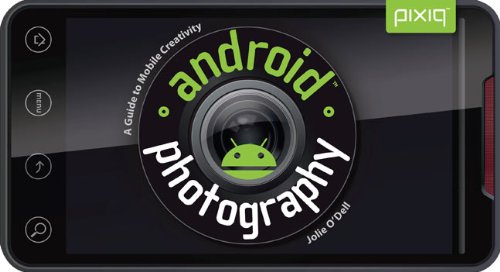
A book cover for Android Photography: A Guide to Mobile Creativity; Jolie O'Dell; Computers & Technology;